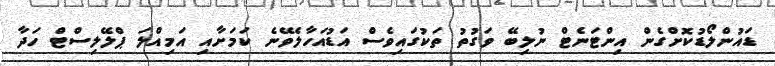
ޑައުންލޯޑުކޮށްގެން އިންޓަނެޓް ނުލިބޭ ވަގުތު ތަކުގައިވެސް އަޑުއަހާލެވޭނެ ކަމަށާއި އަމިއްލަ ޕްލޭލިސްޓް ހަދާ